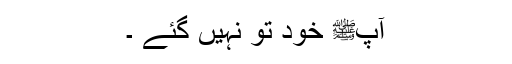
آپﷺ خود تو نہیں گئے ۔